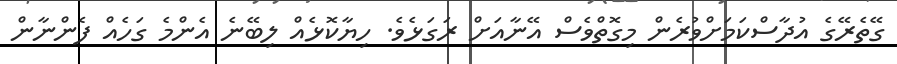
ގޭތެރޭގެ އުދާސްކަމަށްވުރެން މިގޮތްވެސް އޭނާއަށް ރަގަޅެވެ. ހިޔާކޮޅެއް ލިބޭނެ އެންމެ ގަހެއް ފެންނާން